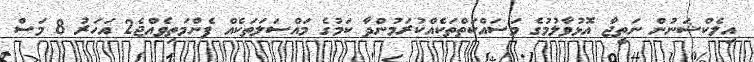
އިލެކްޝަނުން ނަތީޖާ އޮޅުވާލުމުގެ މަސައްކަތްތަކެއްކުރަމުންދާ ކަމުގެ މައްސަލަތަކެއް ފެންމަތިވެއްޖެ2 އަހަރު 8 މަސް